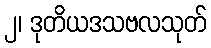
၂၊ ဒုတိယဒသဗလသုတ်